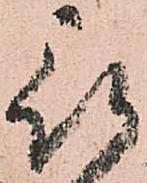
被